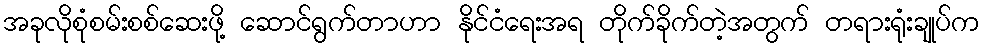
အခုလိုစုံစမ်းစစ်ဆေးဖို့ ဆောင်ရွက်တာဟာ နိုင်ငံရေးအရ တိုက်ခိုက်တဲ့အတွက် တရားရုံးချုပ်က